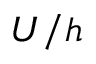
U / h